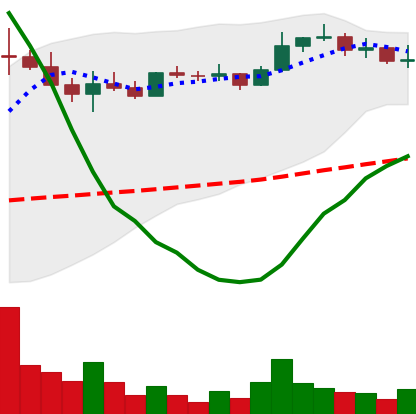
Ticker: ETC-USD
Chart end date: 2022-08-17
Forward return: -15.388%
Label: down_7plus